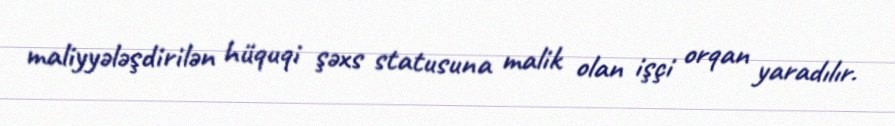
maliyyələşdirilən hüquqi şəxs statusuna malik olan işçi orqan yaradılır.